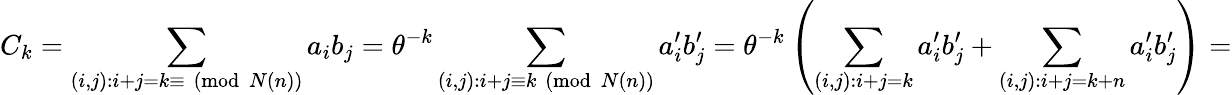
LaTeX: C_{k}=\sum_{(i,j):i+j=k\equiv{\pmod{N(n)}}}{a_{i}b_{j}}=\theta^{-k}\sum_{(i,j):i+j\equiv k{\pmod{N(n)}}}{a_{i}^{\prime}b_{j}^{\prime}}=\theta^{-k}\left(\sum_{(i,j):i+j=k}{a_{i}^{\prime}b_{j}^{\prime}}+\sum_{(i,j):i+j=k+n}{a_{i}^{\prime}b_{j}^{\prime}}\right)=